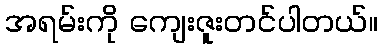
အရမ်းကို ကျေးဇူးတင်ပါတယ်။